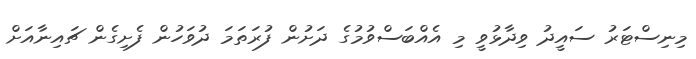
މިނިސްޓަރު ސައީދު ވިދާޅުވީ މި އެއްބަސްވުމުގެ ދަށުން ފުރަތަމަ ދުވަހުން ފެށިގެން ޗައިނާއަށް